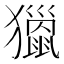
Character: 𤢪